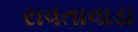
રાવતાવાડા